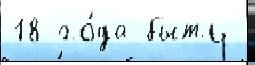
18 го́да быть